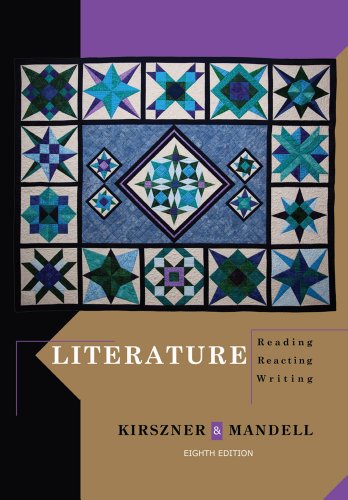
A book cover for Literature: Reading, Reacting, Writing; Laurie G. Kirszner; Literature & Fiction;